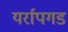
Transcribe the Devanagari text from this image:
यर्रापगड